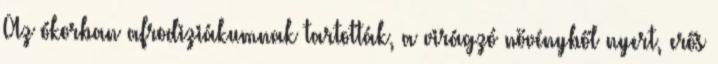
Az ókorban afrodiziákumnak tartották, a virágzó növényből nyert, erős